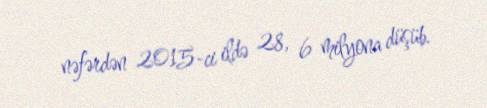
nəfərdən 2015-ci ildə 28, 6 milyona düşüb.